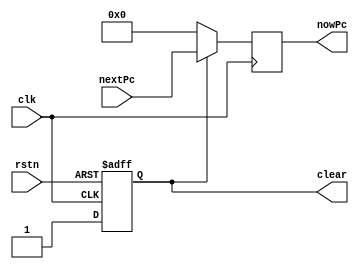
`timescale 1ns / 1ps
//////////////////////////////////////////////////////////////////////////////////
// Company: 
// Engineer: 
// 
// Design Name: 
// Module Name: PC
// Project Name: 
// Target Devices: 
// Tool Versions: 
// Description: 
// 
// Dependencies: 
// 
// Revision:
// Revision 0.01 - File Created
// Additional Comments:
// 
//////////////////////////////////////////////////////////////////////////////////


module PC(
    input clk,//CPU
    input rstn,//reset              
    input [31:0] nextPc,//

    output reg [31:0] nowPc,//
    output reg clear//
    );

    always @(posedge clk or negedge rstn) begin
        if(~rstn)
            clear<=1'b0;
        else
            clear<=1'b1;
    end
    always @(posedge clk) begin
        if(~clear)
            nowPc<=32'b0;
        else
            nowPc<=nextPc;
    end
endmodule